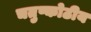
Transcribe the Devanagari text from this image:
चतुष्कोठीय